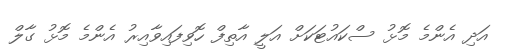
އަދި އެންމެ މޮޅު ސްކައުޓަކަށް އަލީ އާތިފް ހޮވިފައިވާއިރު އެންމެ މޮޅު ގާލް